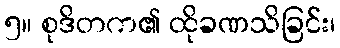
၅။ စုဒိတက၏ ထိုခဏသိခြင်း၊